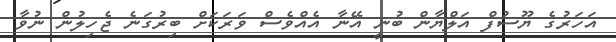
އަހަރުގެ ޔޫސުފް އަލްޔާން ބުނީ އޭނާ އެއްވެސް ވަރަކަށް ބިރުގަނެ ޖެހިލުން ނުވާ